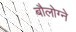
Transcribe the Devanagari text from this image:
बौलोग्ने